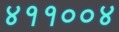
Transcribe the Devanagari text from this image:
४११००४